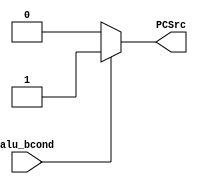
module BranchPredictor #(parameter data_width = 32) ( 
	input alu_bcond,
        output reg PCSrc);

always @(*) begin
    PCSrc = 0;
    if(alu_bcond) begin
        PCSrc = 1;
    end
end

endmodule